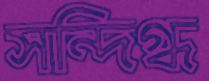
সন্দিগ্ধ